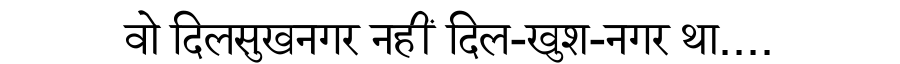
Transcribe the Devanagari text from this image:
वो दिलसुखनगर नहीं दिल-खुश-नगर था....